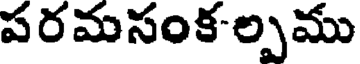
పరమసంక-ల్పము